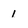
Character: 1